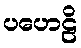
ပဟေဠိ